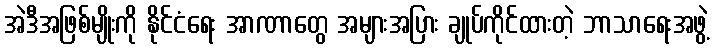
အဲဒီအဖြစ်မျိုးကို နိုင်ငံရေး အာဏာတွေ အများအပြား ချုပ်ကိုင်ထားတဲ့ ဘာသာရေးအဖွဲ့